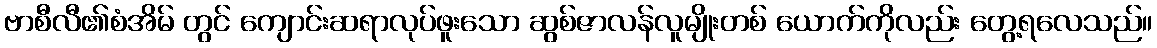
ဗာစီလီ၏စံအိမ် တွင် ကျောင်းဆရာလုပ်ဖူးသော ဆွစ်ဇာလန်လူမျိုးတစ် ယောက်ကိုလည်း တွေ့ရလေသည်။